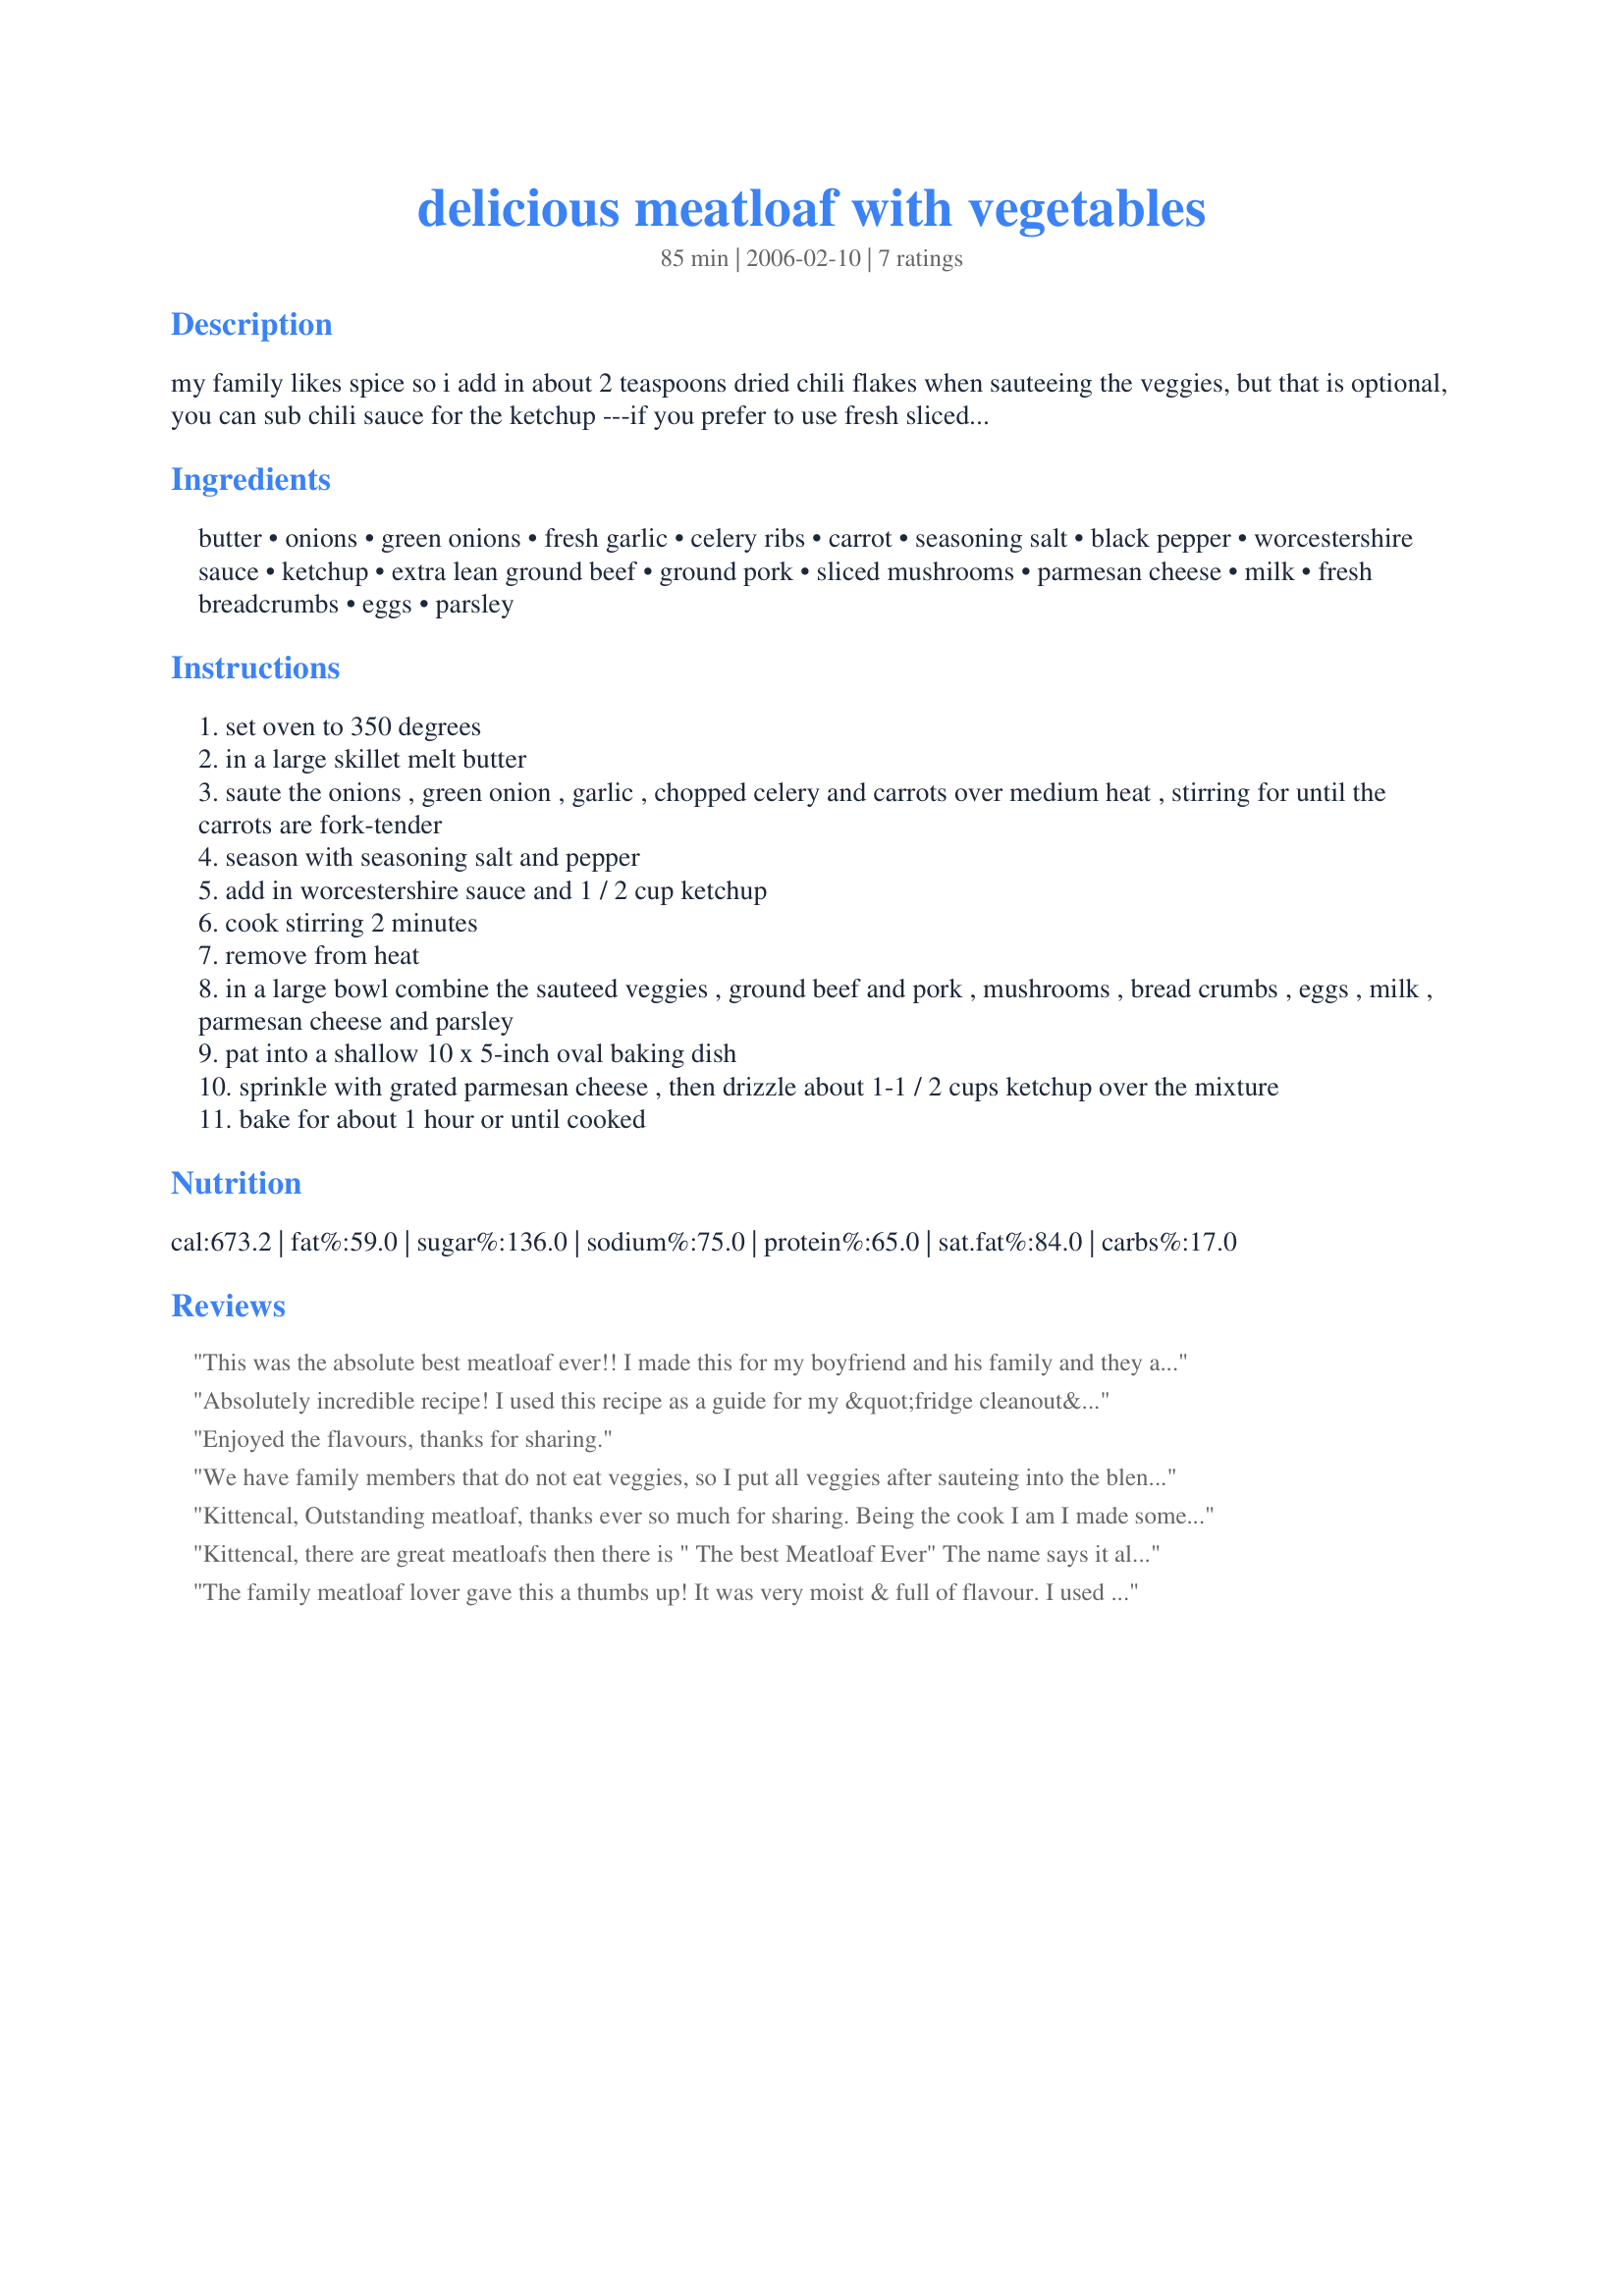
delicious meatloaf with vegetables
Preparation time: 85 minutes

my family likes spice so i add in about 2 teaspoons dried chili flakes when sauteeing the veggies, but that is optional, you can sub chili sauce for the ketchup ---if you prefer to use fresh sliced mushrooms, just saute in the skillet before the onions and other ingredients, any leftovers makes a fantastic sandwich! :)

Ingredients:
butter, onions, green onions, fresh garlic, celery ribs, carrot, seasoning salt, black pepper, worcestershire sauce, ketchup, extra lean ground beef, ground pork, sliced mushrooms, parmesan cheese, milk, fresh breadcrumbs, eggs, parsley

Steps:
set oven to 350 degrees
in a large skillet melt butter
saute the onions , green onion , garlic , chopped celery and carrots over medium heat , stirring for until the carrots are fork-tender
season with seasoning salt and pepper
add in worcestershire sauce and 1 / 2 cup ketchup
cook stirring 2 minutes
remove from heat
in a large bowl combine the sauteed veggies , ground beef and pork , mushrooms , bread crumbs , eggs , milk , parmesan cheese and parsley
pat into a shallow 10 x 5-inch oval baking dish
sprinkle with grated parmesan cheese , then drizzle about 1-1 / 2 cups ketchup over the mixture
bake for about 1 hour or until cooked

Reviews:
This was the absolute best meatloaf ever!! I made this for my boyfriend and his family and they ate the whole thing and his brothers hate meatloaf! They said it was "bomb" meaning it was delicious; I myself was a little skeptical at making since I have never put anything but meat in my meatloaf; it was was sooooo delicious!!!! Thank you for sharing this recipe.
Absolutely incredible recipe! I used this recipe as a guide for my &quot;fridge cleanout&quot;. I didn't have a few of the ingredients (carrot, green onion, parsley, ground pork) but used some other things kicking around to replace them! Threw in diced sweet potato (microwaved in advance to ensure it softened), a couple of handfuls of arugula, replaced the canned mushrooms with fresh, and used only ground beef. So good! Definitely a keeper of a recipe, and so easy to make substitutions for variety in the veggies. Thanks!
Enjoyed the flavours, thanks for sharing.
We have family members that do not eat veggies, so I put all veggies after sauteing into the blender along with the ketchup, Worcestershire sauce, seasonings, and eggs. It turned out great, and everyone loved it.
Kittencal, Outstanding meatloaf, thanks ever so much for sharing. Being the cook I am I made some changes but they were very minor. I used a combination of beef, Italian sausage (for the fennel), and ground turkey. Then, instead of topping with the ketchup I sauteed the fresh, sliced mushrooms and created a savory sauce with beef stock and red wine to serve with the meatloaf and creamy mashed potatoes. Oh, and for the seasoning salt I used Emeril's Creole Seasoning
Recipe #22089. We keep that on hand and use it very liberally.
Kittencal, there are great meatloafs then there is " The best Meatloaf Ever" The name says it all. DH loved it.The sauted veggies gave the loaf a wonderful flavor. Easy recipe to follow, no changes made ( and none needed) and it is our new favorite. Great recipe to serve to guests. I will be making this often Thanks Kittencal
The family meatloaf lover gave this a thumbs up! It was very moist & full of flavour. I used fresh mushrooms & chili sauce in the mix; since we're not ketchup fans, I skipped the topping. Instead I poured Mushroom Gravy (#66984) by Mean Chef over the loaf & the mashed potatoes. Another time, I'd make half the recipe as I think it could easily serve 8 people. Thanx for another winner Carol!
